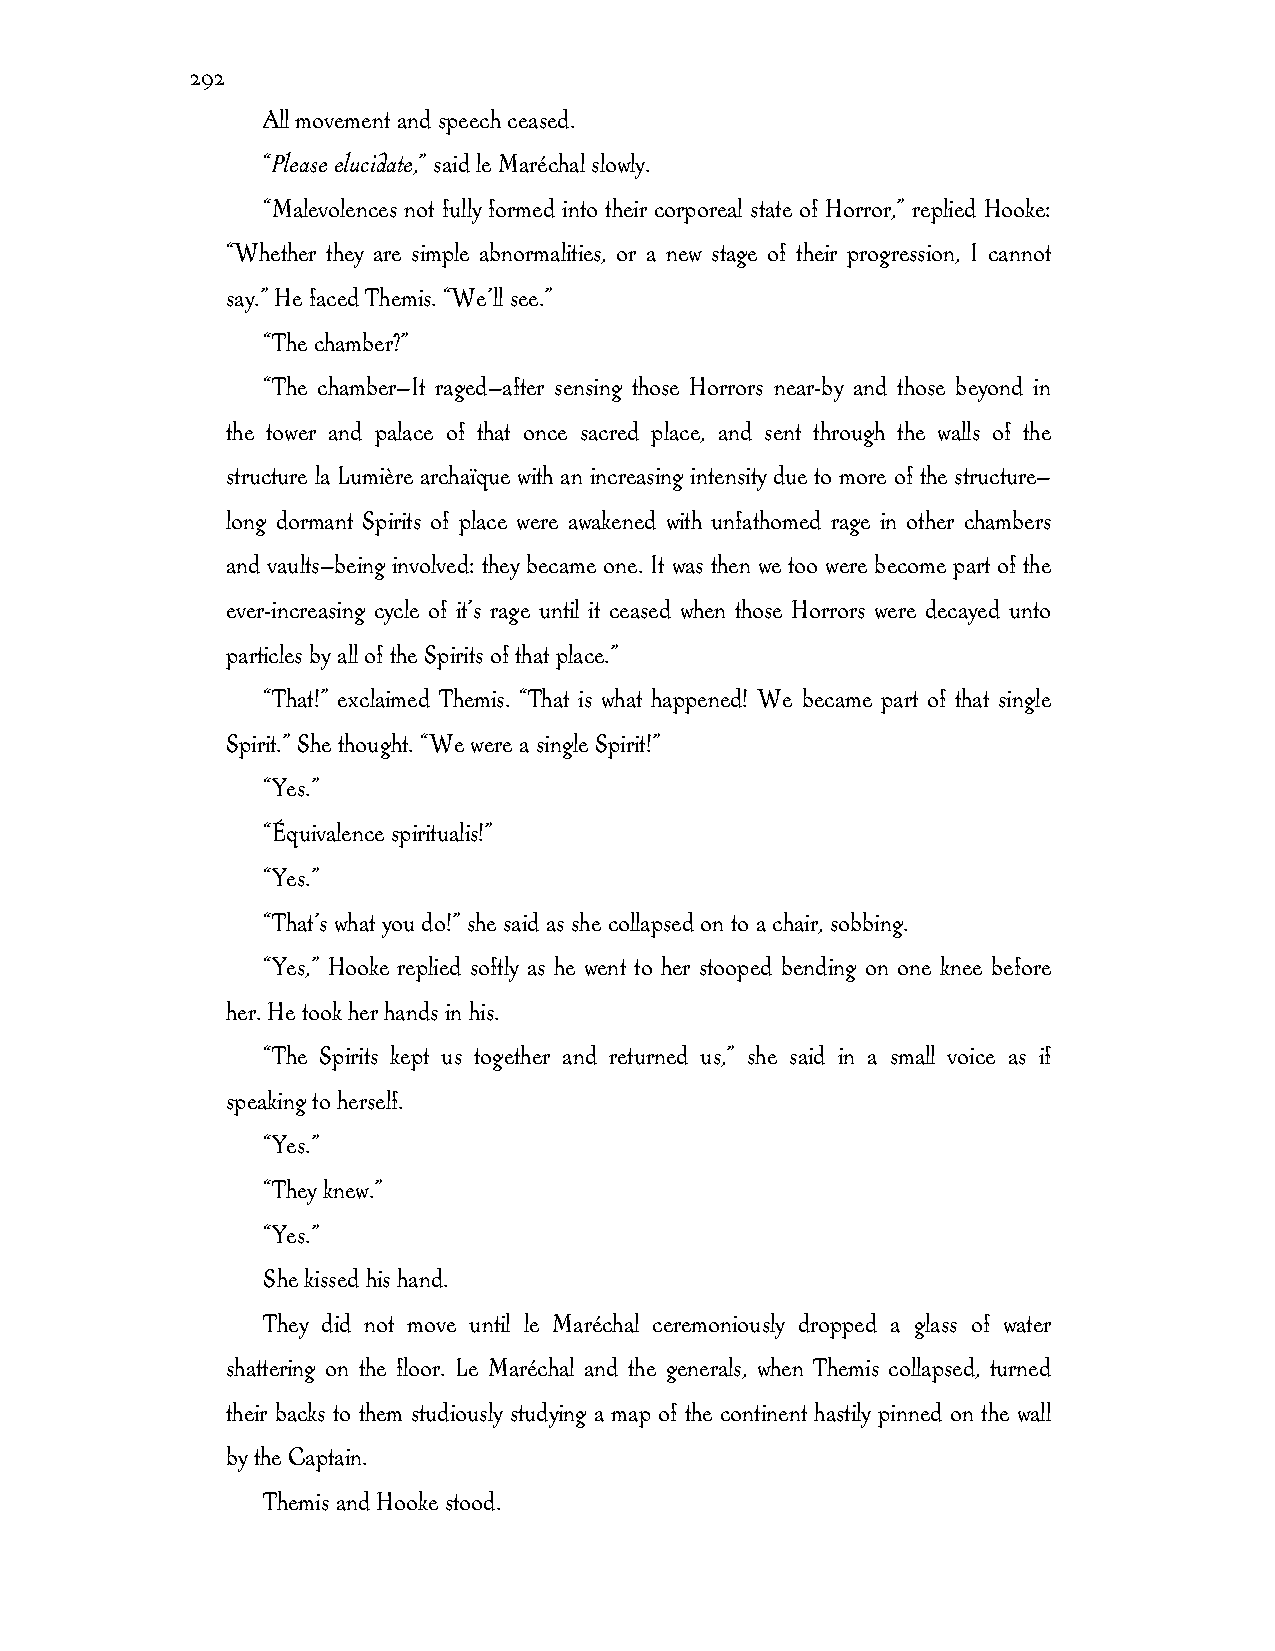
292
 All movement and speech ceased.
 “Please elucidate,” said le Maréchal slowly.
 “Malevolences not fully formed into their corporeal state of Horror,” replied Hooke:
 “Whether they are simple abnormalities, or a new stage of their progression, I cannot
 say.” He faced Themis. “We’ll see.”
 “The chamber?”
 “The chamber—It raged—after sensing those Horrors near-by and those beyond in
 the tower and palace of that once sacred place, and sent through the walls of the
 structure la Lumière archaïque with an increasing intensity due to more of the structure—
 long dormant Spirits of place were awakened with unfathomed rage in other chambers
 and vaults—being involved: they became one. It was then we too were become part of the
 ever-increasing cycle of it’s rage until it ceased when those Horrors were decayed unto
 particles by all of the Spirits of that place.”
 “That!” exclaimed Themis. “That is what happened! We became part of that single
 Spirit.” She thought. “We were a single Spirit!”
 “Yes.”
 “Équivalence spiritualis!”
 “Yes.”
 “That’s what you do!” she said as she collapsed on to a chair, sobbing.
 “Yes,” Hooke replied softly as he went to her stooped bending on one knee before
 her. He took her hands in his.
 “The Spirits kept us together and returned us,” she said in a small voice as if
 speaking to herself.
 “Yes.”
 “They knew.”
 “Yes.”
 She kissed his hand.
 They did not move until le Maréchal ceremoniously dropped a glass of water
 shattering on the floor. Le Maréchal and the generals, when Themis collapsed, turned
 their backs to them studiously studying a map of the continent hastily pinned on the wall
 by the Captain.
 Themis and Hooke stood.